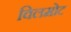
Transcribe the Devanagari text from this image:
विलमोट